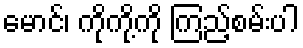
မောင်၊ ကိုကို့ကို ကြည့်စမ်းပါ